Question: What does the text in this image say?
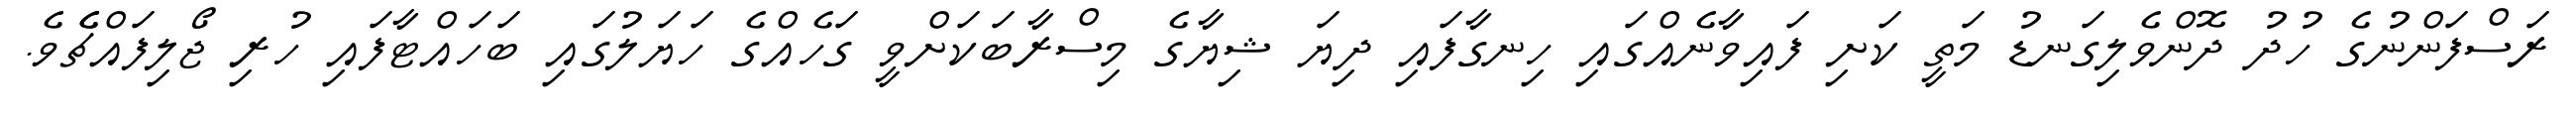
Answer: ރަސްފަންނުގެ ހުދު ދޮންވެލިގަނޑު މަތީ ކަށި ފައިވާނެއްގައި ހިނގާފައި ދިޔަ ޝިޔާގެ މިސްރާބަކަށްވީ ގަހެއްގެ ހަޔަލުގައި ބަހައްޓާފައި ހުރި ޖޯލިފައްޗެެވެ.